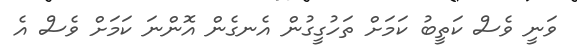
ވަނީ ވެސް ކަތީބު ކަމަށް ތަހުގީގުން އެނގެން އޮންނަ ކަމަށް ވެސް އެ